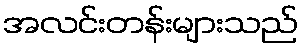
အလင်းတန်းများသည်